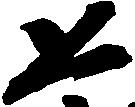
恐